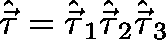
{ \hat { \vec { \mathbf { \tau } } } } = { \hat { \vec { \mathbf { \tau } } } } _ { 1 } { \hat { \vec { \mathbf { \tau } } } } _ { 2 } { \hat { \vec { \mathbf { \tau } } } } _ { 3 }